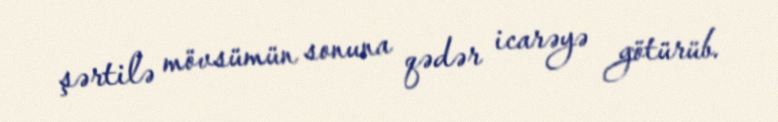
şərtilə mövsümün sonuna qədər icarəyə götürüb.